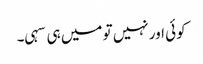
کوئی اور نہیں تو میں ہی سہی۔